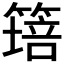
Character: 𱸝